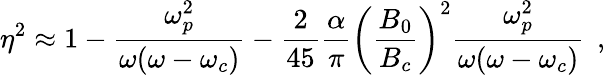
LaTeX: \eta^{2}\approx 1-\frac{\omega_{p}^{2}}{\omega(\omega-\omega_{c})}-\frac{2}{45}\frac{\alpha}{\pi}\left(\frac{B_{0}}{B_{c}}\right)^{2}\frac{\omega_{p}^{2}}{\omega(\omega-\omega_{c})}\; \, ,